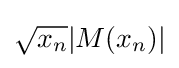
{\sqrt {x_{n}}}|M(x_{n})|